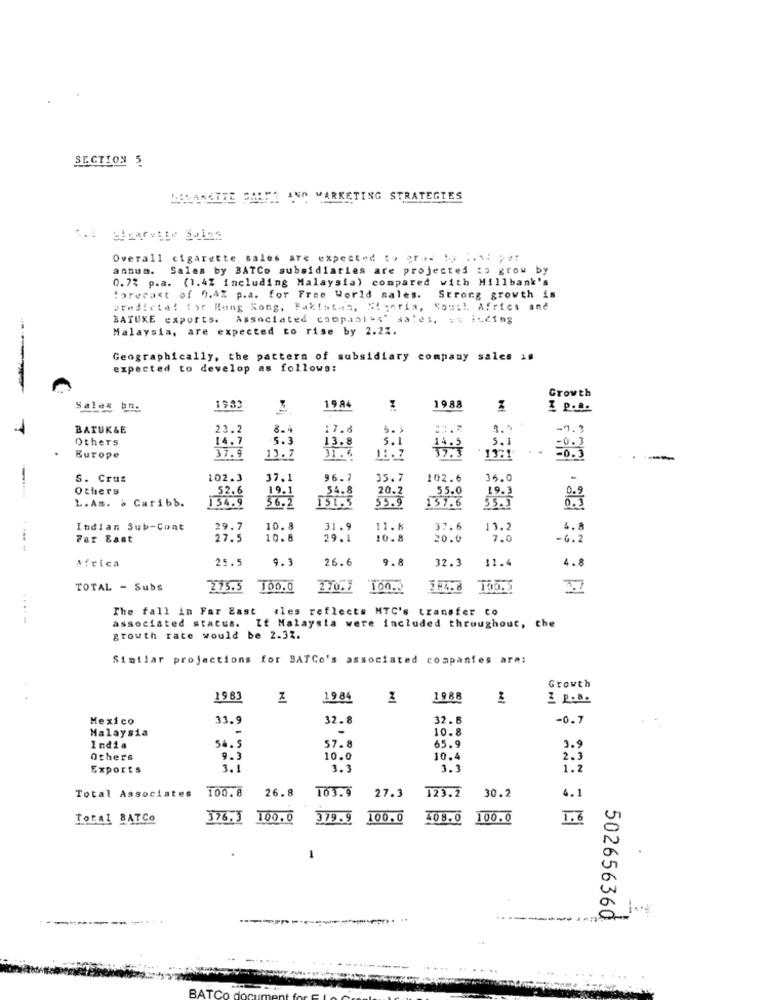
SECTION 5
HISLANGTTE CHEFL AND MARKETING STRATEGIES
Overall cigarette sales are expected to aras by .. Ni per
annum.
Sales by BATCo subsidiaties are projected to grow by
0.7% p.a. (1.4Z including Malaysia) compared with Millbank's
forecast of 0.4% p.a. for Free World sales.
Strong growth in
predicte! for Hong Kong, Pakistan, S! ; eria, South Africa and
BATUKE exports. Associated companies' aales, vx isding
Malaysia, are expected to rise by 2.27.
Geographically, the pattern of subsidiary company sales is
expected to develop as follows:
Growth
Sales bn.
1983
1984
1988
I p.l.
BATUK&E
23.2
8.4
17.8
5.5
-9.3
Others
14.7
5.3
13.8
5.1
5.1
37.9
11.7
14.5
-0.3
Burope
13.7
31.6
13:1
S. Crus
102.3
37.1
96.7
35.7
102.6
35.0
-
-
Others
52.6
19.1
54.8
20.2
55.0
19.
L. Am. & Caribb.
154.9
56.2
55.9
137.6
Indian Sub-Cont
29.7
10.8
31.9
11.8
37.6
11.2
4.8
Far East
27.5
10.8
29 .1
10.8
20.0
7.0
-6.2
Africa
25.5
9.3
26.6
9.8
32.3
11.4
4.8
TOTAL - Subs
275.5
100.0
270.7
314.8
The fall in Far East ales reflects MTC's transfer to
associated status. If Malaysia were included throughout, the
growth rate would be 2.32.
Simtlar projections for BATCo's associated companies are:
Growth
1983
1984
1
1988
Mexico
33.9
32.8
32. 6
-0.7
Malaysia
10.8
India
54. 5
57.8
65.9
3.9
Others
9.3
10.0
10.4
2.3
Exports
3.1
3. 3
3.3
1.2
100.8
103.9
27.3
Total Associates
26.8
123.2
30.2
4.1
Total BATCO
376.3
100.0
379.9
100.0
108.0
100.0
1.6
i ·· 4
---
502656360
...